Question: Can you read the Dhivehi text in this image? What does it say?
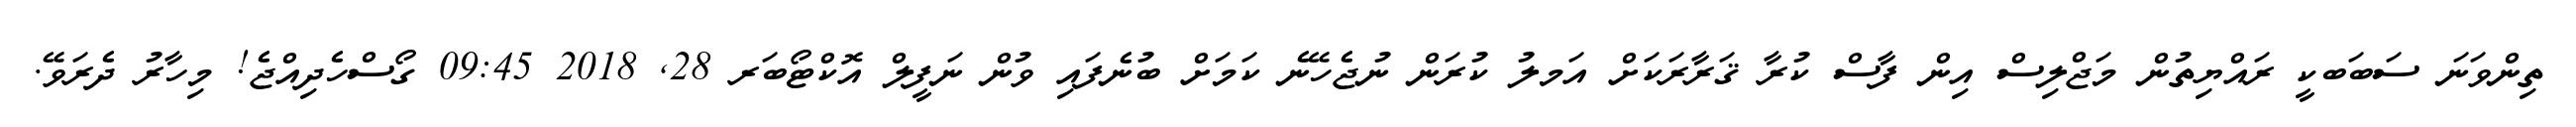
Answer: ތިންވަނަ ސަބަބކީ ރައްޔިތުން މަޖްލިސް އިން ފާސް ކުރާ ޤަރާރަކަށް އަމލު ކުރަން ނުޖެހޭނެ ކަމަށް ބުނެފައި ވުން ނަފީލް އޮކްޓޯބަރ 28, 2018 09:45 ގޯސްހެދިއްޖެ! މިހާރު ދެރަވޭ.